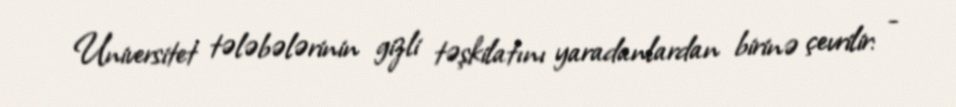
Universitet tələbələrinin gizli təşkilatını yaradanlardan birinə çevrilir: -